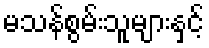
မသန်စွမ်းသူများနှင့်